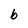
Character: b